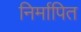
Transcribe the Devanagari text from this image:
निर्मापित